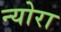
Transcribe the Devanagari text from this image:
न्योरा